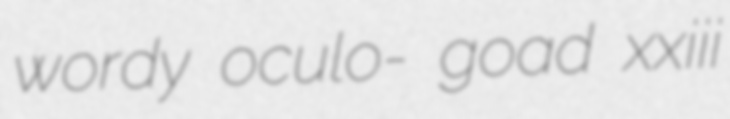
wordy oculo- goad xxiii